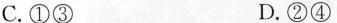
C. ①③ D. ②④